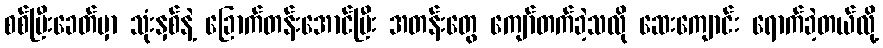
စစ်ပြီးခေတ်မှာ သုံးနှစ်နဲ့ ခြောက်တန်းအောင်ပြီး အတန်းတွေ ကျော်တက်ခဲ့သလို ဆေးကျောင်း ရောက်ခဲ့တယ်လို့